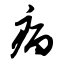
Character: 病